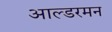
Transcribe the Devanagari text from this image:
आल्डरमन